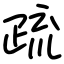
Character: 疏